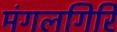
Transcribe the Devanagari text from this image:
मंगलगिरि